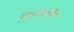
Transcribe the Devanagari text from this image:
जिवनपद्धतीत